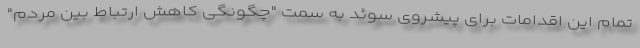
تمام این اقدامات برای پیشروی سوئد به سمت "چگونگی کاهش ارتباط بین مردم"